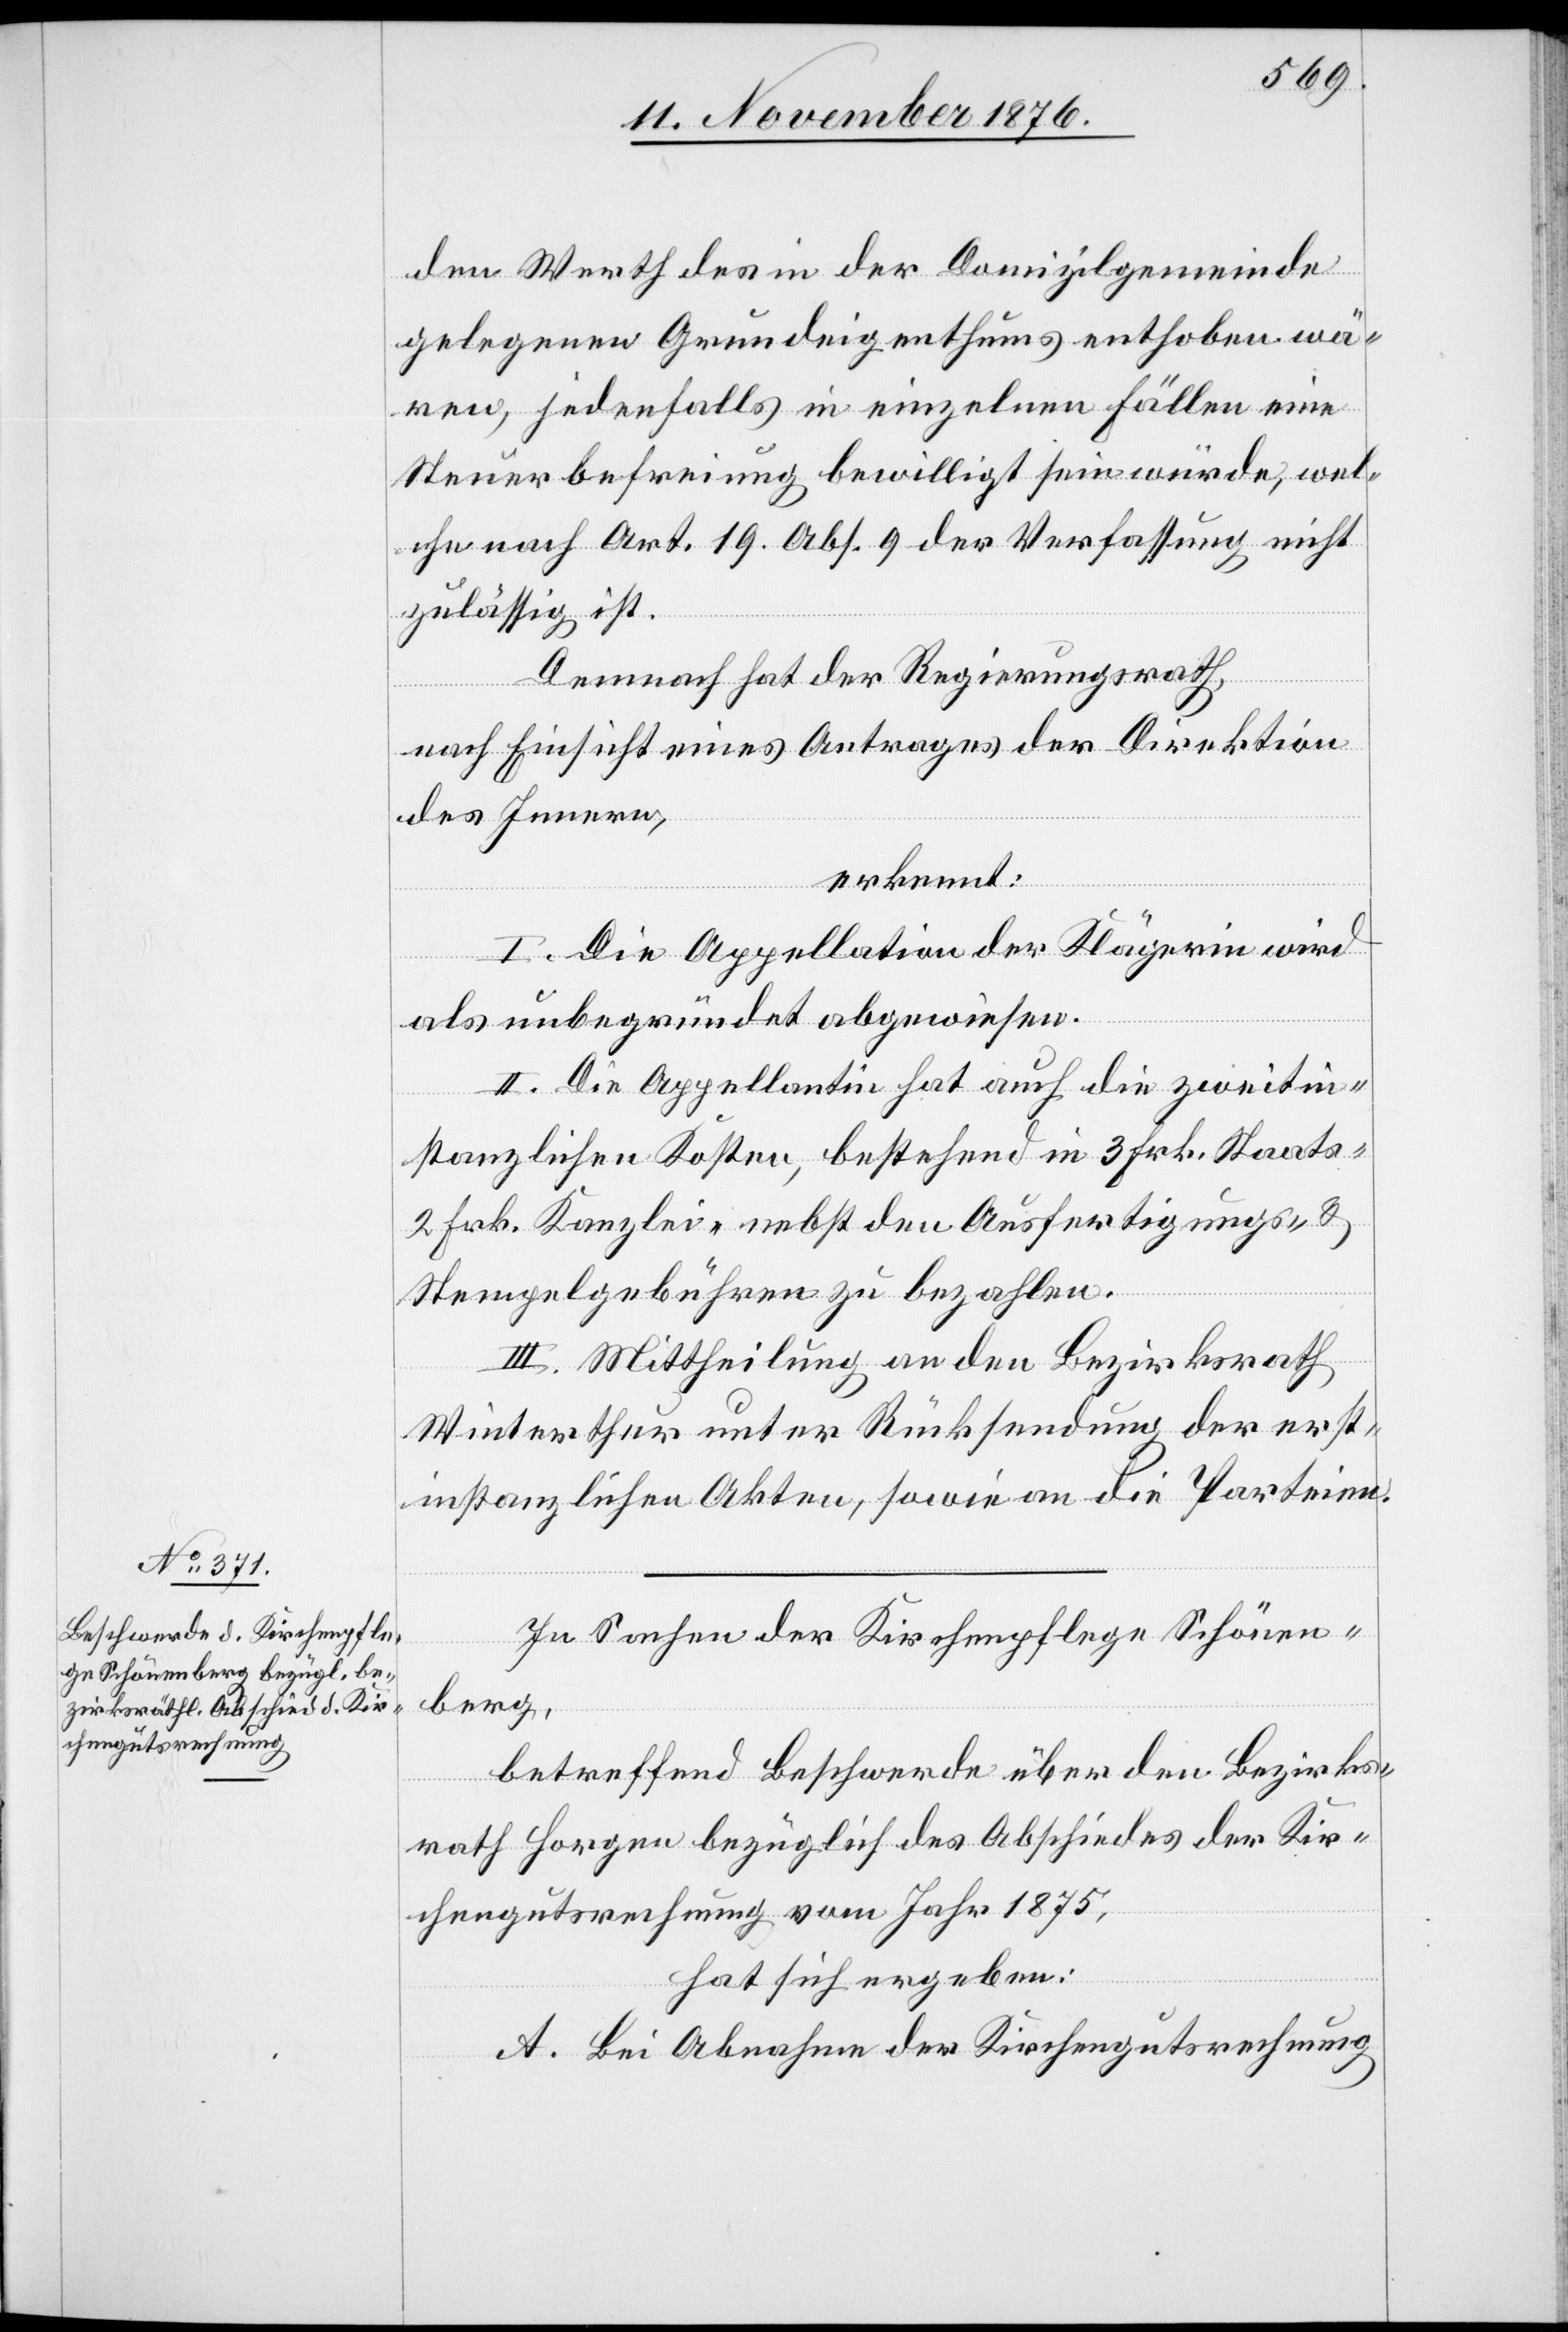
den Werth des in der Domizilgemeinde
gelegenen Grundeigenthums enthoben wä¬
ren, jedenfalls in einzelnen Fällen eine
Steuerbefreiung bewilligt sein würde, wel¬
che nach Art. 19. Abs. 9 der Verfassung nicht
zulässig ist.
Demnach hat der Regierungsrath,
nach Einsicht eines Antrages der Direktion
des Innern,
erkennt
I. Die Appellation der Klägerin wird
als unbegründet abgewiesen.
II. Die Appellantin hat auch die zweitin¬
stanzlichen Kosten, bestehend in 3 Frk. Staats-
2 Frk. Kanzlei- nebst den Ausfertigungs- &
Stempelgebühren zu bezahlen.
III. Mittheilung an den Bezirksrath
Winterthur unter Rücksendung der erst¬
instanzlichen Akten, sowie an die Parteien.
In Sachen der Kirchenpflege Schönen¬
berg,
betreffend Beschwerde über den Bezirks¬
rath Horgen bezüglich des Abschiedes der Kir¬
chengutsrechnung vom Jahr 1875,
hat sich ergeben:
A. Bei Abnahme der Kirchengutsrechnung